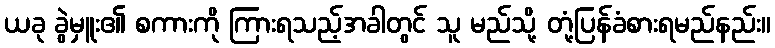
ယခု ခွဲမှူး၏ စကားကို ကြားရသည့်အခါတွင် သူ မည်သို့ တုံ့ပြန်ခံစားရမည်နည်း။